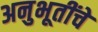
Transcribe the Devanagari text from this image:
अनुभूतींचे